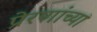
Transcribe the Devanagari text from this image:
प्रेरणांच्या